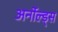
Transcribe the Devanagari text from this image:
अर्नोल्ड्स